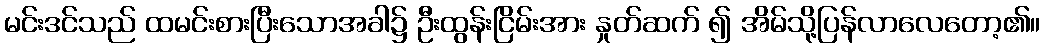
မင်းဒင်သည် ထမင်းစားပြီးသောအခါ၌ ဦးထွန်းငြိမ်းအား နှုတ်ဆက် ၍ အိမ်သို့ပြန်လာလေတော့၏။